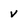
Character: v